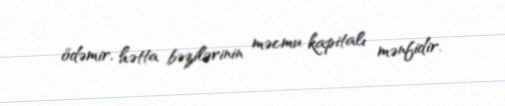
ödəmir, hətta bəzilərinin məcmu kapitalı mənfidir.